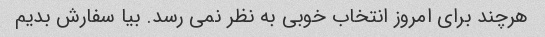
هرچند برای امروز انتخاب خوبی به نظر نمی رسد. بیا سفارش بدیم